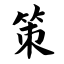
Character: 策